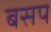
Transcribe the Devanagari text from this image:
बसप